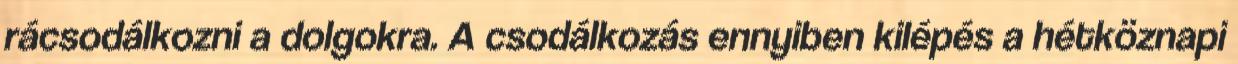
rácsodálkozni a dolgokra. A csodálkozás ennyiben kilépés a hétköznapi